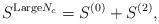
LaTeX: \begin{align*}S^{{\rm Large}N_c}=S^{(0)}+S^{(2)},\end{align*}